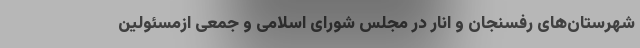
شهرستان‌های رفسنجان و انار در مجلس شورای اسلامی و جمعی ازمسئولین